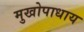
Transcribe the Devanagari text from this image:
मुखोपाधाय